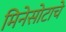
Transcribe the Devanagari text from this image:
मिनेसोटाचे